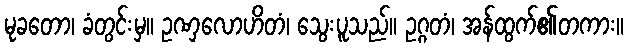
မုခတော၊ ခံတွင်းမှ။ ဥဏှလောဟိတံ၊ သွေးပူသည်။ ဥဂ္ဂတံ၊ အန်ထွက်၏တကား။